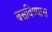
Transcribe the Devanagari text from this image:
बसविण्यास